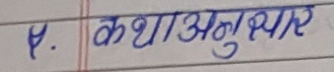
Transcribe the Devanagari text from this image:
४. कथानुसार